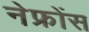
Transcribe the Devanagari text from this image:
नेफ्रोंस